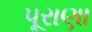
પૂરાણા